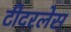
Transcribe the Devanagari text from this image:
टीदरलेस